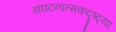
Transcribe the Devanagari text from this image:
संघटनात्मकदृष्ट्या